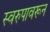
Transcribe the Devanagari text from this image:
स्वरुपावरून